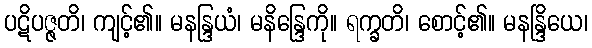
ပဋိပဇ္ဇတိ၊ ကျင့်၏။ မနန္ဒြယံ၊ မနိန္ဒြေကို။ ရက္ခတိ၊ စောင့်၏။ မနန္ဒြိယေ၊